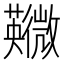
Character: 鿦